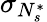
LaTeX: \sigma_{N_{s}^{\ast}}